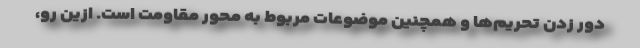
دور زدن تحریم‌ها و همچنین موضوعات مربوط به محور مقاومت است. ازین رو،